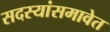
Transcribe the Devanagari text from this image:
सदस्यांसमावेत